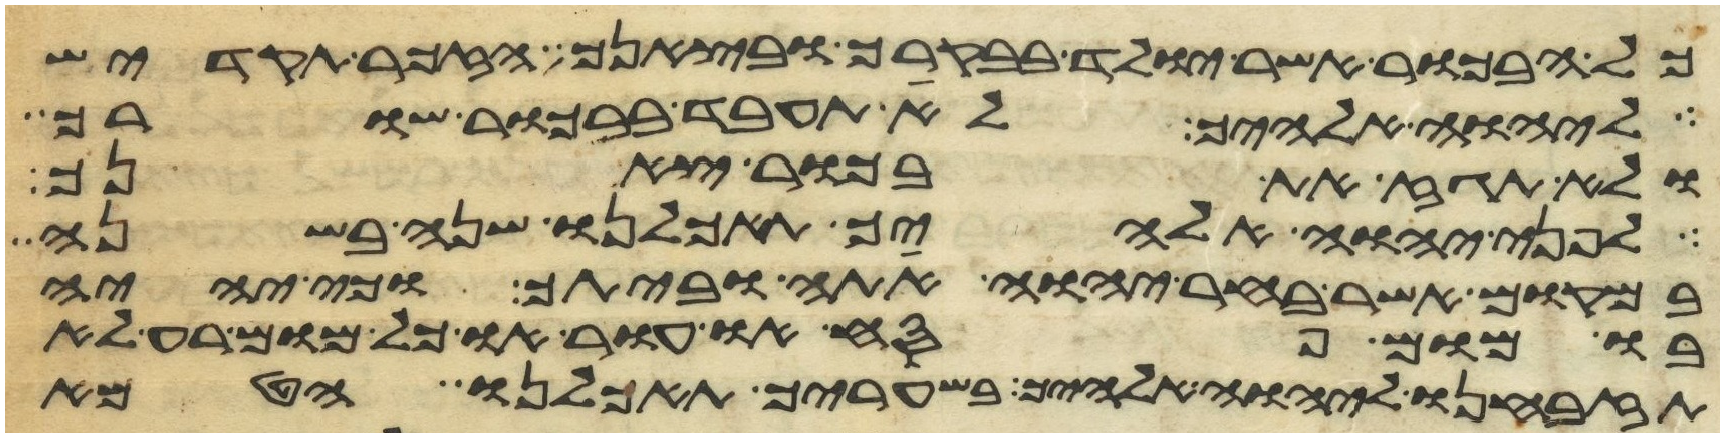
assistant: כל הבכור אשר יולד בבקרך ובצאנך הזכר תקדיש
ליהוה אלהיך לא תעבד בבכור שורך
ולא תגז את בכור צאנך
לפני יהוה אלהיך תאכלנו שנה בשנה
במקום אשר בחר יהוה אתה וביתך וכי יהיה
בו מום פסח או עור או כל מום רע לא
תזבחנו ליהוה אלהיך בשעריך תאכלנו הטמא